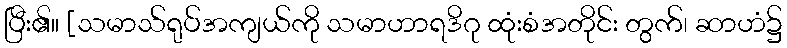
ပြီး၏။ [သမာသ်ရုပ်အကျယ်ကို သမာဟာရဒိဂု ထုံးစံအတိုင်း တွက်၊ ဆာဟံ၌